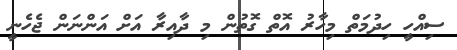
ސިއްހީ ހިދުމަތް މިހާރު އޮތް ގޮތުން މި ދާއިރާ އަށް އަންނަން ޖެހެނީ